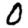
Digit: 0